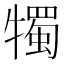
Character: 𤛯